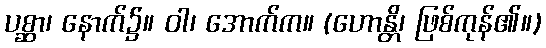
ပစ္ဆာ၊ နောက်၌။ ဝါ၊ အောက်က။ (ဟောန္တိ၊ ဖြစ်ကုန်၏။)